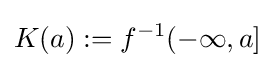
K(a):=f^{-1}(-\infty ,a]